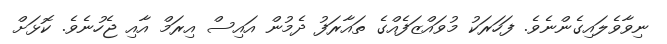
ނިވާވެލައިގެންނެވެ. ފަހަރަކު މުވައްޒަފެއްގެ ތައާރަފު ދެމުން އައިސް އިރަމް އާއި ޖެހުނެވެ. ކޮޅަށް